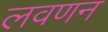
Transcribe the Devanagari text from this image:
लवणन